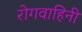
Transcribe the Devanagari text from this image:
रोगवाहिनी